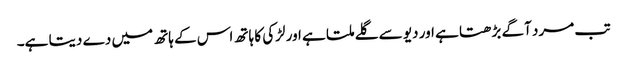
تب مرد آگے بڑھتا ہے اور دیو سے گلے ملتا ہے اور لڑکی کا ہاتھ اس کے ہاتھ میں دے دیتا ہے۔